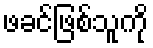
ဖခင်ဖြစ်သူကို